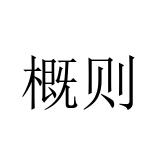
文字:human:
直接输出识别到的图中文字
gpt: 概则